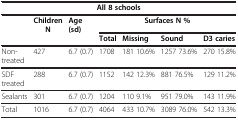
| <COLSPAN=7> All 8 schools |
 |  | Children N | Age (sd) | <COLSPAN=4> Surfaces N % |
 |  |  |  | Total | Missing | Sound | D3 caries |
 | --- | --- | --- | --- | --- | --- | --- |
 | Non-treated | 427 | 6.7 (0.7) | 1708 | 181 10.6% | 1257 73.6% | 270 15.8% |
 | SDF treated | 288 | 6.7 (0.7) | 1152 | 142 12.3% | 881 76.5% | 129 11.2% |
 | Sealants | 301 | 6.7 (0.7) | 1204 | 110 9.1% | 951 79.0% | 143 11.9% |
 | Total | 1016 | 6.7 (0.7) | 4064 | 433 10.7% | 3089 76.0% | 542 13.3% |